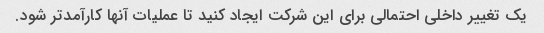
یک تغییر داخلی احتمالی برای این شرکت ایجاد کنید تا عملیات آنها کارآمدتر شود.